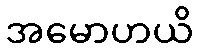
အမောဟယိ